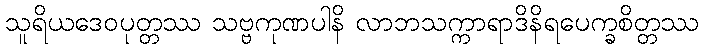
သူရိယဒေဝပုတ္တဿ သဗ္ဗကုဏပါနိ လာဘသက္ကာရာဒိနိရပေက္ခစိတ္တဿ